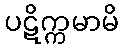
ပဋိက္ကမာမိ